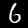
Label: 6